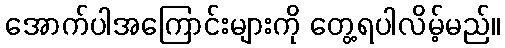
အောက်ပါအကြောင်းများကို တွေ့ရပါလိမ့်မည်။